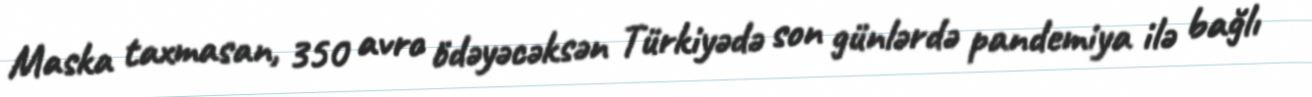
Maska taxmasan, 350 avro ödəyəcəksən Türkiyədə son günlərdə pandemiya ilə bağlı